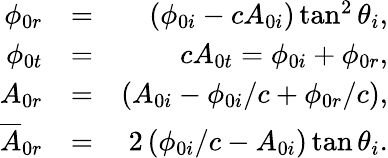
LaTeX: \begin{array}{rlr}{\phi_{0r}}&{=}&{\left(\phi_{0i}-cA_{0i}\right)\tan^{2}\theta_{i},}\\ {\phi_{0t}}&{=}&{cA_{0t}=\phi_{0i}+\phi_{0r},}\\ {A_{0r}}&{=}&{\left(A_{0i}-\phi_{0i}/c+\phi_{0r}/c\right),}\\ {\overline{{A}}_{0r}}&{=}&{2\left(\phi_{0i}/c-A_{0i}\right)\tan\theta_{i}.}\end{array}